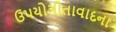
ઉપયોગીતાવાદના